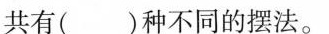
共有( )种不同的摆法。